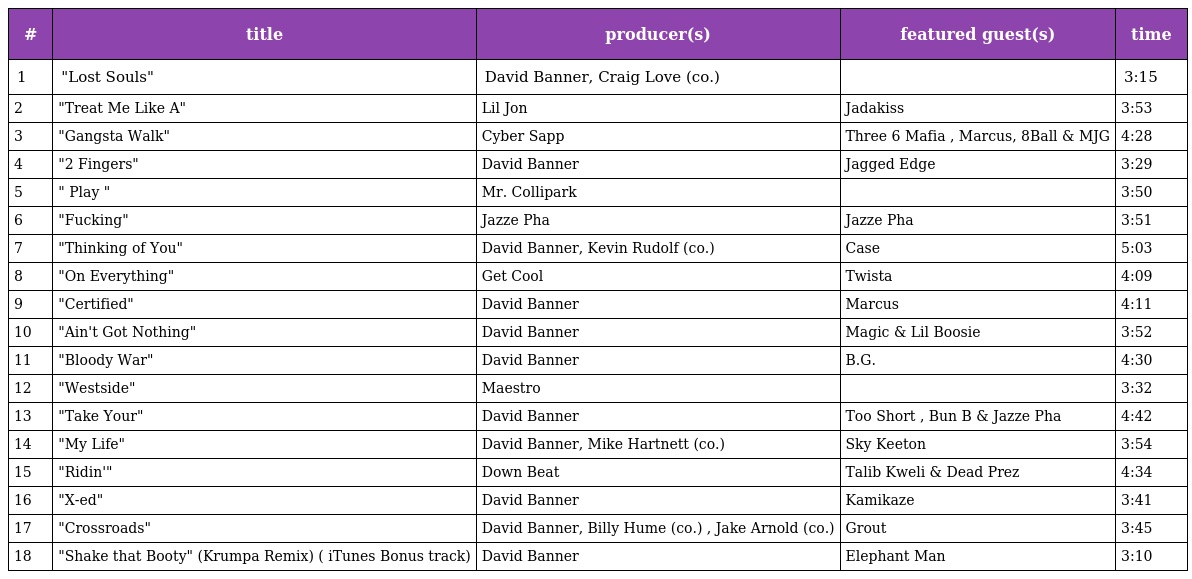
| # | title | producer(s) | featured guest(s) | time |
 | --- | --- | --- | --- | --- |
 | 1 | "Lost Souls" | David Banner, Craig Love (co.) |  | 3:15 |
 | 2 | "Treat Me Like A" | Lil Jon | Jadakiss | 3:53 |
 | 3 | "Gangsta Walk" | Cyber Sapp | Three 6 Mafia , Marcus, 8Ball & MJG | 4:28 |
 | 4 | "2 Fingers" | David Banner | Jagged Edge | 3:29 |
 | 5 | " Play " | Mr. Collipark |  | 3:50 |
 | 6 | "Fucking" | Jazze Pha | Jazze Pha | 3:51 |
 | 7 | "Thinking of You" | David Banner, Kevin Rudolf (co.) | Case | 5:03 |
 | 8 | "On Everything" | Get Cool | Twista | 4:09 |
 | 9 | "Certified" | David Banner | Marcus | 4:11 |
 | 10 | "Ain't Got Nothing" | David Banner | Magic & Lil Boosie | 3:52 |
 | 11 | "Bloody War" | David Banner | B.G. | 4:30 |
 | 12 | "Westside" | Maestro |  | 3:32 |
 | 13 | "Take Your" | David Banner | Too Short , Bun B & Jazze Pha | 4:42 |
 | 14 | "My Life" | David Banner, Mike Hartnett (co.) | Sky Keeton | 3:54 |
 | 15 | "Ridin'" | Down Beat | Talib Kweli & Dead Prez | 4:34 |
 | 16 | "X-ed" | David Banner | Kamikaze | 3:41 |
 | 17 | "Crossroads" | David Banner, Billy Hume (co.) , Jake Arnold (co.) | Grout | 3:45 |
 | 18 | "Shake that Booty" (Krumpa Remix) ( iTunes Bonus track) | David Banner | Elephant Man | 3:10 |